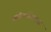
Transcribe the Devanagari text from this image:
स्कॉलरशिपसुद्धा